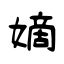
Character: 嫡